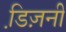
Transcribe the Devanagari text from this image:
डि़ज़नी